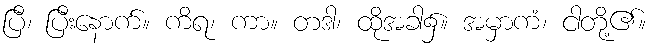
ပြီ၊ ပြီးနောက်။ ကိရ၊ ကာ။ တဒါ၊ ထိုအခါ၌။ အမှာကံ၊ ငါတို့၏။